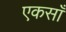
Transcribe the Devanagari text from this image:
एकसाँ